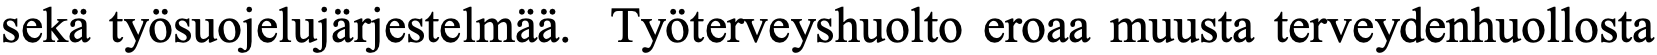
sekä työsuojelujärjestelmää. Työterveyshuolto eroaa muusta terveydenhuollosta